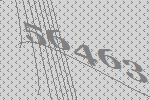
56463